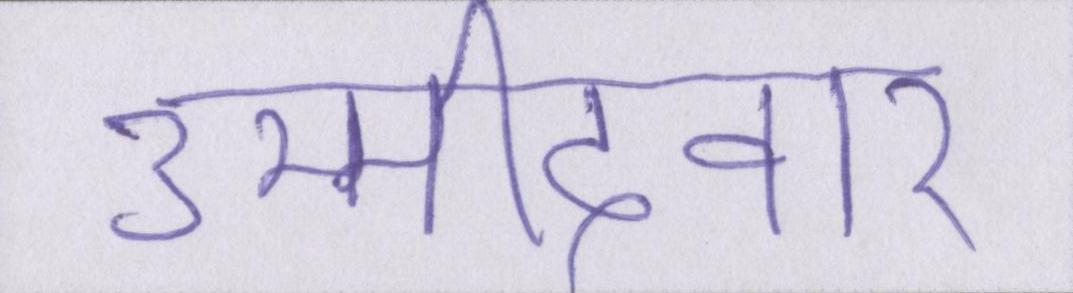
उम्मीदवार